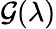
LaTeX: \mathcal{G}(\lambda)